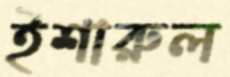
ইশারুল